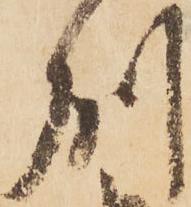
州